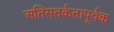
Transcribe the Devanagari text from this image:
अतिसतर्कतापूर्वक